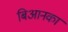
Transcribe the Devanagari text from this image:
बिआनका